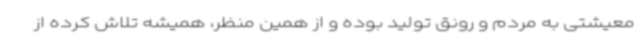
معیشتی به مردم و رونق تولید بوده و از همین منظر، همیشه تلاش کرده از